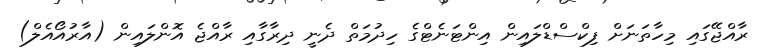
ރާއްޖޭގައި މިހާތަނަށް ފިކްސްޑްލައިން އިންޓަނެޓްގެ ހިދުމަތް ދެނީ ދިރާގާއި ރާއްޖެ އޮންލައިން (އާރުއޯއެލް)